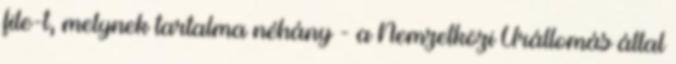
file-t, melynek tartalma néhány - a Nemzetközi Űrállomás által